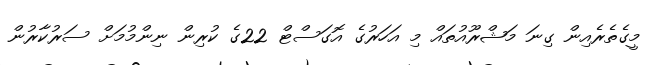
މީގެތެރެއިން ގިނަ މަޝްރޫއުތައް މި އަހަރުގެ އޮގަސްޓް 22ގެ ކުރިން ނިންމުމަށް ސަރުކާރުން